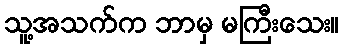
သူ့အသက်က ဘာမှ မကြီးသေး။